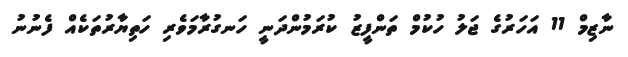
ނާޒިމް 11 އަހަރުގެ ޖަލު ހުކުމް ތަންފީޒު ކުރަމުންދަނީ ހަނގުރާމަވެރި ހަތިޔާރުތަކެއް ފެނުނު